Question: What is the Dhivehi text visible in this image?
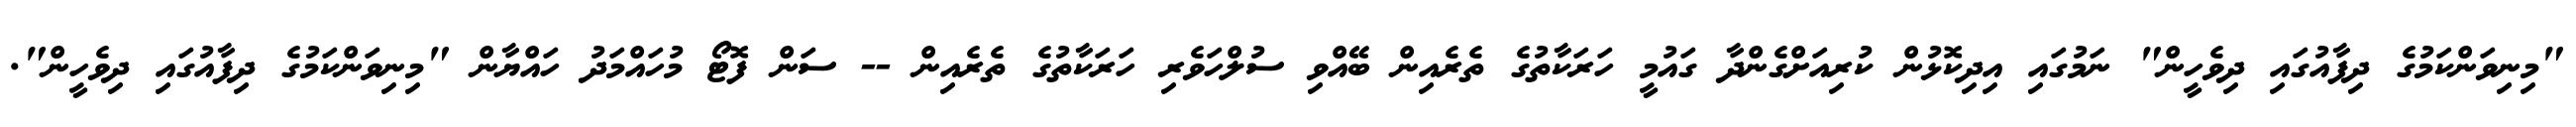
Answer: "މިނިވަންކަމުގެ ދިފާއުގައި ދިވެހީން" ނަމުގައި އިދިކޮޅުން ކުރިއަށްގެންދާ ގައުމީ ހަރަކާތުގެ ތެރެއިން ބޭއްވި ސުލްހަވެރި ހަރަކާތުގެ ތެރެއިން -- ސަން ފޮޓޯ މުހައްމަދު ހައްޔާން "މިނިވަންކަމުގެ ދިފާއުގައި ދިވެހީން".